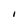
Character: I